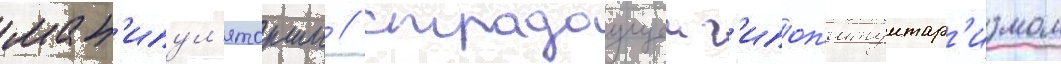
ман'ипул'яторши / страдаущеи г'ипоп'итуитар'измом